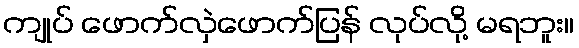
ကျုပ် ဖောက်လှဲဖောက်ပြန် လုပ်လို့ မရဘူး။